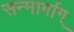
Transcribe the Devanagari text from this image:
सन्मार्गाग्